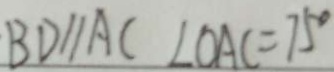
B D / / A C \angle O A C = 7 5 ^ { \circ }